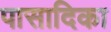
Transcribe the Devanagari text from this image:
पासादिका